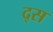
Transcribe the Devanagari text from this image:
द्स